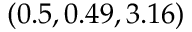
( 0 . 5 , 0 . 4 9 , 3 . 1 6 )